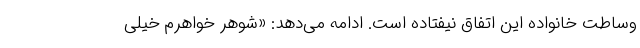
وساطت خانواده این اتفاق نیفتاده است. ادامه می‌دهد: «شوهر خواهرم خیلی